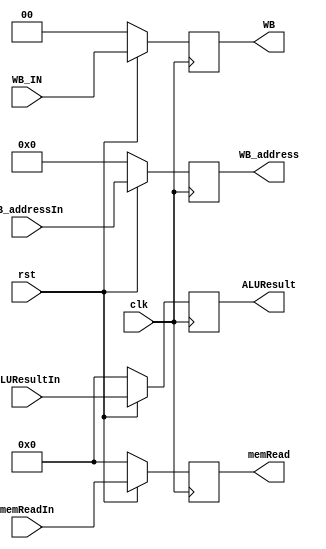
`timescale 1ns/1ps
module MEMtoWB (clk, rst, WB_IN, ALUResultIn, memReadIn, WB_addressIn,
                          WB,    ALUResult,   memRead,   WB_address);
    input clk, rst;
    input [1:0] WB_IN;
    input [31:0] ALUResultIn, memReadIn;
    input [4:0] WB_addressIn;

    output reg [1:0] WB;
    output reg [31:0] ALUResult, memRead;
    output reg [4:0] WB_address;

    always @ (posedge clk) begin
        if (~rst) begin
        {WB, ALUResult, memRead, WB_address} <= 0;
        end
        else begin
        WB <= WB_IN;
        WB_address <= WB_addressIn;
        ALUResult <= ALUResultIn;
        memRead <= memReadIn;
        end
    end
endmodule